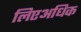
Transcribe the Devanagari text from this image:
लिएअधिक